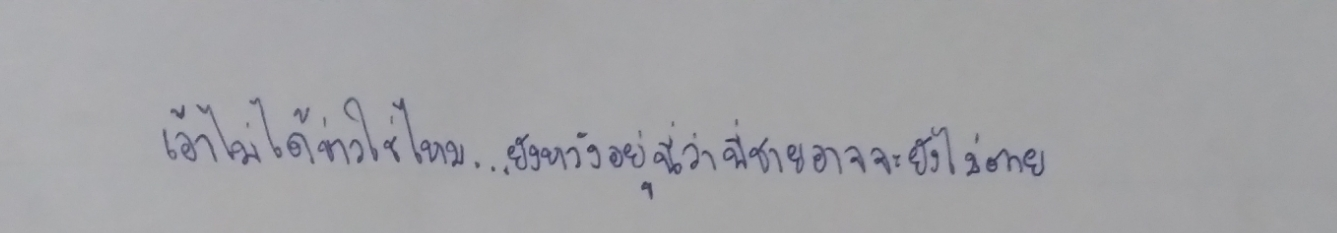
เอ้าไม่ได้ข่าวใช่ไหม...ยังหวังอยู่นี่ว่าพี่ชายอาจจะยังไม่ตาย